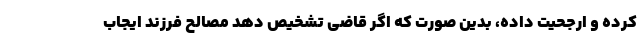
کرده و ارجحیت داده، بدین صورت که اگر قاضی تشخیص دهد مصالح فرزند ایجاب